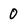
Character: 0